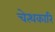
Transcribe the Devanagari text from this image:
चेत्थकारि